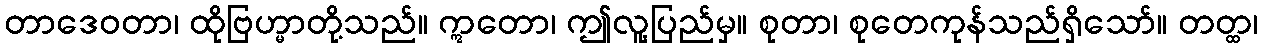
တာဒေဝတာ၊ ထိုဗြဟ္မာတို့သည်။ ဣတော၊ ဤလူ့ပြည်မှ။ စုတာ၊ စုတေကုန်သည်ရှိသော်။ တတ္ထ၊